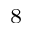
_ 8